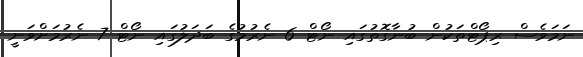
ނަމަވެސް ރިޕޯޓްތަކުން ބުނާގޮތުގައި ނޯޓް 6 ނެރުމުގެ ބަދަލުގައި ނޯޓް 7 ނެރުމަށްވަނީ